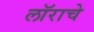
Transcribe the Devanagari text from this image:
लॉराचे